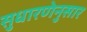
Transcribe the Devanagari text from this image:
सुधारणेनुसार